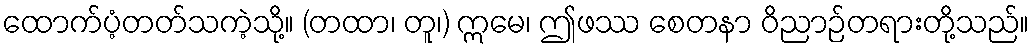
ထောက်ပံ့တတ်သကဲ့သို့။ (တထာ၊ တူ၊) ဣမေ၊ ဤဖဿ စေတနာ ဝိညာဉ်တရားတို့သည်။